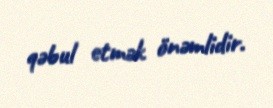
qəbul etmək önəmlidir.